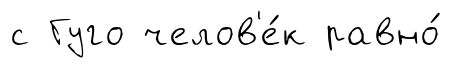
с Гуго челов'е́к равно́